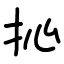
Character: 抋